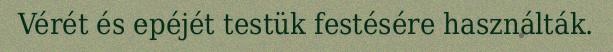
Vérét és epéjét testük festésére használták.